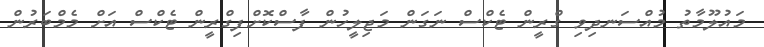
މައުލޫމާތު މުއްސަނދިވި ގްރީން ޓެކްސް ނަގަން މަޖިލީހުން ފާސްކޮށްފިގްރީން ޓެކްސް އަށް މެމްބަރުން